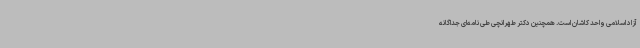
آزاد اسلامی واحد کاشان است. همچنین دکتر طهرانچی طی نامه‌ای جداگانه